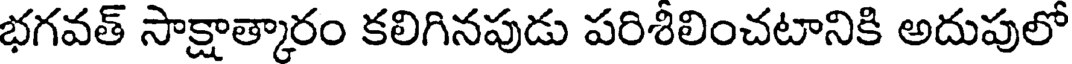
భగవత్ సాక్షాత్కారం కలిగినపుడు పరిశీలించటానికి అదుపులో